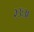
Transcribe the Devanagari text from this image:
२३ः३६